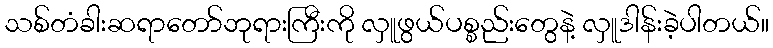
သစ်တံခါးဆရာတော်ဘုရားကြီးကို လှူဖွယ်ပစ္စည်းတွေနဲ့ လှူဒါန်းခဲ့ပါတယ်။